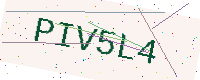
Text: PIV5L4